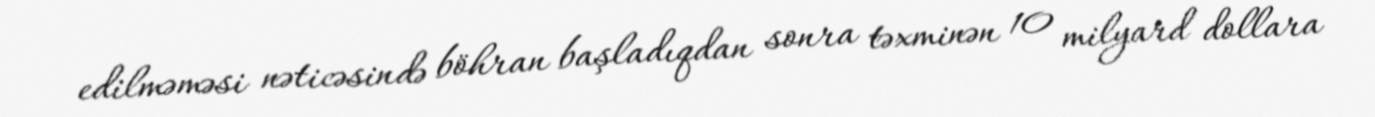
edilməməsi nəticəsində böhran başladıqdan sonra təxminən 10 milyard dollara